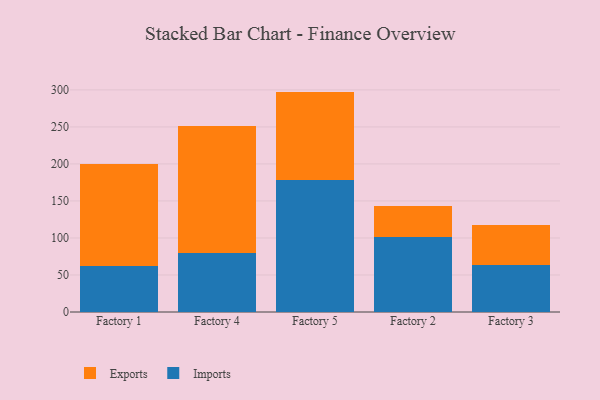
{"axis": {"x": "Factory", "y": "Satisfaction Score"}, "legend": ["Exports", "Imports"], "data": [{"x": "Factory 1", "y": 62.4, "type": "Imports"}, {"x": "Factory 1", "y": 137.3, "type": "Exports"}, {"x": "Factory 4", "y": 80.3, "type": "Imports"}, {"x": "Factory 4", "y": 170.9, "type": "Exports"}, {"x": "Factory 5", "y": 178.4, "type": "Imports"}, {"x": "Factory 5", "y": 119.3, "type": "Exports"}, {"x": "Factory 2", "y": 100.9, "type": "Imports"}, {"x": "Factory 2", "y": 42.6, "type": "Exports"}, {"x": "Factory 3", "y": 63.9, "type": "Imports"}, {"x": "Factory 3", "y": 53.6, "type": "Exports"}]}